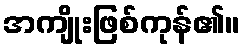
အကျိုးဖြစ်ကုန်၏။